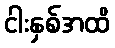
ငါးနှစ်အထိ